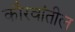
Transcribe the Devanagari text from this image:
कौरवांतील